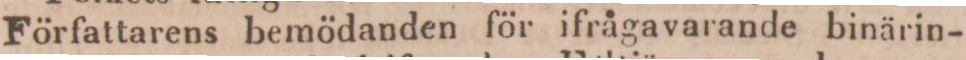
Författarens bemödanden för ifrågavarande binärin-